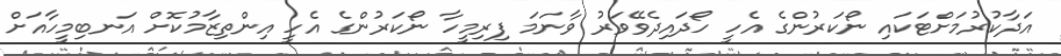
އަދާކުރުމަށްޓަކައި ނޯކަރުންގެ އެހީ ހޯދައިދެވޭވަރު ވާނަމަ ފިރިމީހާ ނޯކަރުންގެ އެހީ އިންތިޒާމުކޮށް އަނބިމީހާއަށް